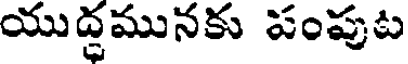
యుద్ధమునకు పంపుట